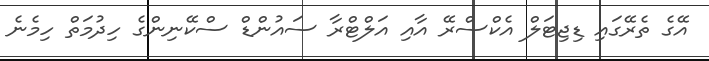
އޭގެ ތެރޭގައި ޑިޖިޓަލް އެކްސްރޭ އާއި އަލްޓްރާ ސައުންޑް ސްކޭނިންގެ ހިދުމަތް ހިމެނެ